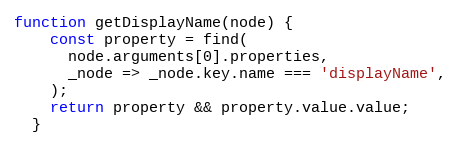
Language: JavaScript
function getDisplayName(node) {
    const property = find(
      node.arguments[0].properties,
      _node => _node.key.name === 'displayName',
    );
    return property && property.value.value;
  }